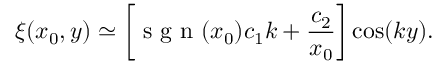
\xi ( x _ { 0 } , y ) \simeq \left[ \mathrm { ~ s ~ g ~ n ~ } ( x _ { 0 } ) c _ { 1 } k + \frac { c _ { 2 } } { x _ { 0 } } \right] \cos ( k y ) .